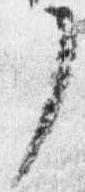
了